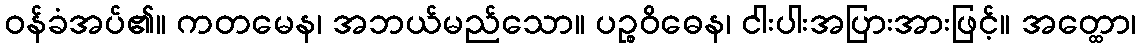
ဝန်ခံအပ်၏။ ကတမေန၊ အဘယ်မည်သော။ ပဉ္စဝိဓေန၊ ငါးပါးအပြားအားဖြင့်။ အတ္ထော၊